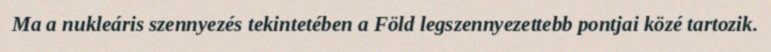
Ma a nukleáris szennyezés tekintetében a Föld legszennyezettebb pontjai közé tartozik.